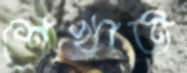
শেখাত